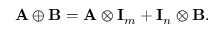
\mathbf { A } \oplus \mathbf { B } = \mathbf { A } \otimes \mathbf { I } _ { m } + \mathbf { I } _ { n } \otimes \mathbf { B } .